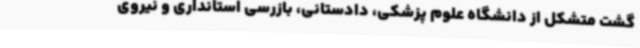
گشت متشکل از دانشگاه علوم پزشکی، دادستانی، بازرسی استانداری و نیروی